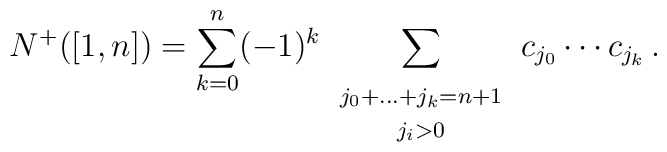
N^+ ([1,n]) = \sum_{k=0}^n (-1)^k\sum_{\begin{array}{c}\\[-.2in]\scriptstyle j_0+\dots+j_k=n+1\\[-.03in]\scriptstyle j_i>0\end{array}}c_{j_0} \cdots c_{j_k} \,.